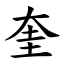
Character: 奎